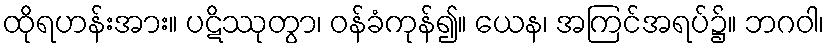
ထိုရဟန်းအား။ ပဋိဿုတွာ၊ ဝန်ခံကုန်၍။ ယေန၊ အကြင်အရပ်၌။ ဘဂဝါ၊